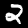
Digit: 2